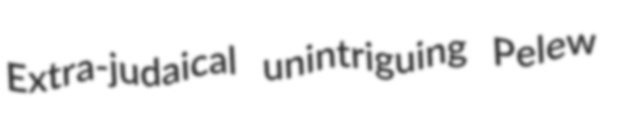
Extra-judaical unintriguing Pelew